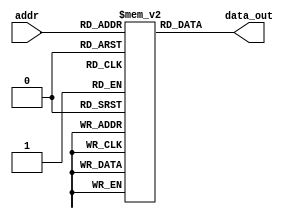
`timescale 1ns / 1ps
//////////////////////////////////////////////////////////////////////////////////
// Company: 
// Engineer: 
// 
// Design Name: 
// Module Name: InstMem
// Project Name: 
// Target Devices: 
// Tool Versions: 
// Description: 
// 
// Dependencies: 
// 
// Revision:
// Revision 0.01 - File Created
// Additional Comments:
// 


//////////////////////////////////////////////////////////////////////////////////

module InstMem (input [5:0] addr, output [31:0] data_out);
    reg [31:0] mem [0:63];

    initial begin



// //simple no hazards  test
// mem[0] = 32'b00000000000111111000111110010011; //increment x31
// mem[1] = 32'b000000000000_00000_000_00001_0000011; // lb x1, 0(x0)
// mem[2] = 32'b000000000001_00000_000_00010_0000011; // lb x2, 1(x0)
// mem[3] = 32'b000000000010_00000_000_00011_0000011; // lb x3, 2(x0)
// mem[4] = 32'b00000000000111111000111110010011; //increment x31
// mem[5] = 32'b00000000000111111000111110010011; //increment x31
// mem[6] = 32'b0000000_01010_00011_000_00101_0010011; // addi x5, x3, 10  
// mem[7] = 32'b0000000_00010_00001_110_00100_0110011; // or x4, x1, x2

// //simple hazard and forwarding test
// mem[0] = 32'b00000000000111111000111110010011; //increment x31
// mem[1] = 32'b000000000000_00000_000_00001_0000011; // lb x1, 0(x0)
// mem[2] = 32'b000000000001_00000_000_00010_0000011; // lb x2, 1(x0)
// mem[3] = 32'b000000000010_00000_000_00011_0000011; // lb x3, 2(x0)
// mem[4] = 32'b00000000001100010000001000110011; // add x4, x2, x3
// mem[5] = 32'b00000000001100100000001010110011; // add x5, x4, x3

mem[0]=32'b0000000_00000_00000_000_00000_0110011 ; //add x0, x0, x0//added to be skipped since PC starts with 4 after reset 
mem[1] = 32'b000000000000_00000_000_00001_0000011; // lb x1, 0(x0)
mem[2] = 32'b000000000001_00000_000_00010_0000011; // lb x2, 1(x0)
mem[3] = 32'b000000000010_00000_000_00011_0000011; // lb x3, 2(x0)
mem[4]=32'b0000000_00010_00001_110_00100_0110011 ; //or x4, x1, x2 
mem[5]=32'b0000000_00010_00001_000_00011_0110011 ; //add x3, x1, x2 
mem[6]=32'b0000000_00010_00011_000_00101_0110011 ; //add x5, x3, x2 
mem[7]=32'b0000000_00101_00000_010_01100_0100011; //sw x5, 12(x0) 
mem[8]=32'b000000001100_00000_010_00110_0000011 ; //lw x6, 12(x0)
mem[9]=32'b0000000_00001_00110_111_00111_0110011 ; //and x7, x6, x1 
mem[10]=32'b0100000_00010_00001_000_01000_0110011 ; //sub x8, x1, x2 
mem[11]=32'b0000000_00010_00001_000_00000_0110011 ; //add x0, x1, x2 
mem[12]=32'b0000000_00001_00000_000_01001_0110011 ; //add x9, x0, x1



//              mem[0] = 32'b000000000000_00000_000_00001_0000011; // lb x1, 0(x0)
//              mem[1] = 32'b000000000001_00000_000_00010_0000011; // lb x2, 1(x0)
//              mem[2] = 32'b000000000010_00000_000_00011_0000011; // lb x3, 2(x0)
        
//        mem[3]=32'b0000000_01010_00011_000_00101_0010011; // addi x5, x3, 10     //test addi
////        mem[3] = 32'b0000000_00010_00001_110_00100_0110011; // or x4, x1, x2        
//        mem[4] = 32'b0_000000_00011_00100_000_0100_0_1100011; // beq x4, x3, 4
//        mem[5] = 32'b0000000_00010_00001_000_00011_0110011; // add x3, x1, x2
//        mem[6] = 32'b0000000_00010_00011_000_00101_0110011; // add x5, x3, x2
//        mem[7] = 32'b0000000_00101_00000_010_01100_0100011; // sw x5, 12(x0)
//        mem[8] = 32'b000000001100_00000_010_00110_0000011; // lw x6, 12(x0)
//        mem[9] = 32'b0000000_00001_00110_111_00111_0110011; // and x7, x6, x1
//        mem[10] = 32'b0100000_00010_00001_000_01000_0110011; // sub x8, x1, x2
//        mem[11] = 32'b0000000_00010_00001_000_00000_0110011; // add x0, x1, x2
//        mem[12] = 32'b0000000_00001_00000_000_01001_0110011; // add x9, x0, x1












// mem[0]=32'b0000000_00000_00000_000_00000_0110011 ; //add x0, x0, x0//added to be skipped since PC starts with 4 after reset 
// mem[1]=32'b000000000000_00000_010_00001_0000011 ; //lw x1, 0(x0) 
// mem[2]=32'b0000000_00000_00000_000_00000_0110011 ; //add x0, x0, x0 
// mem[3]=32'b0000000_00000_00000_000_00000_0110011 ; //add x0, x0, x0 
// mem[4]=32'b0000000_00000_00000_000_00000_0110011 ; //add x0, x0, x0 
// mem[5]=32'b000000000100_00000_010_00010_0000011 ; //lw x2, 4(x0) 
// mem[6]=32'b0000000_00000_00000_000_00000_0110011 ; //add x0, x0, x0 
// mem[7]=32'b0000000_00000_00000_000_00000_0110011 ; //add x0, x0, x0 
// mem[8]=32'b0000000_00000_00000_000_00000_0110011 ; //add x0, x0, x0 
// mem[9]=32'b000000001000_00000_010_00011_0000011 ; //lw x3, 8(x0) 
// mem[10]=32'b0000000_00000_00000_000_00000_0110011 ; //add x0, x0, x0 
// mem[11]=32'b0000000_00000_00000_000_00000_0110011 ; //add x0, x0, x0 
// mem[12]=32'b0000000_00000_00000_000_00000_0110011 ; //add x0, x0, x0 
// mem[13]=32'b0000000_00010_00001_110_00100_0110011 ; //or x4, x1, x2 
// mem[14]=32'b0000000_00000_00000_000_00000_0110011 ; //add x0, x0, x0 
// mem[15]=32'b0000000_00000_00000_000_00000_0110011 ; //add x0, x0, x0 
// mem[16]=32'b0000000_00000_00000_000_00000_0110011 ; //add x0, x0, x0 
// mem[17]=32'b0_000001_00011_00100_000_0000_0_1100011; //beq x4, x3, 16 
// mem[18]=32'b0000000_00000_00000_000_00000_0110011 ; //add x0, x0, x0 
// mem[19]=32'b0000000_00000_00000_000_00000_0110011 ; //add x0, x0, x0 
// mem[20]=32'b0000000_00000_00000_000_00000_0110011 ; //add x0, x0, x0 
// mem[21]=32'b0000000_00010_00001_000_00011_0110011 ; //add x3, x1, x2 
// mem[22]=32'b0000000_00000_00000_000_00000_0110011 ; //add x0, x0, x0 
// mem[23]=32'b0000000_00000_00000_000_00000_0110011 ; //add x0, x0, x0 
// mem[24]=32'b0000000_00000_00000_000_00000_0110011 ; //add x0, x0, x0 
// mem[25]=32'b0000000_00010_00011_000_00101_0110011 ; //add x5, x3, x2 
// mem[26]=32'b0000000_00000_00000_000_00000_0110011 ; //add x0, x0, x0 
// mem[27]=32'b0000000_00000_00000_000_00000_0110011 ; //add x0, x0, x0 
// mem[28]=32'b0000000_00000_00000_000_00000_0110011 ; //add x0, x0, x0
// mem[29]=32'b0000000_00101_00000_010_01100_0100011; //sw x5, 12(x0) 
// mem[30]=32'b0000000_00000_00000_000_00000_0110011 ; //add x0, x0, x0 
// mem[31]=32'b0000000_00000_00000_000_00000_0110011 ; //add x0, x0, x0 
// mem[32]=32'b0000000_00000_00000_000_00000_0110011 ; //add x0, x0, x0 
// mem[33]=32'b000000001100_00000_010_00110_0000011 ; //lw x6, 12(x0)
// mem[34]=32'b0000000_00000_00000_000_00000_0110011 ; //add x0, x0, x0 
// mem[35]=32'b0000000_00000_00000_000_00000_0110011 ; //add x0, x0, x0 
// mem[36]=32'b0000000_00000_00000_000_00000_0110011 ; //add x0, x0, x0 
// mem[37]=32'b0000000_00001_00110_111_00111_0110011 ; //and x7, x6, x1 
// mem[38]=32'b0000000_00000_00000_000_00000_0110011 ; //add x0, x0, x0 
// mem[39]=32'b0000000_00000_00000_000_00000_0110011 ; //add x0, x0, x0 
// mem[40]=32'b0000000_00000_00000_000_00000_0110011 ; //add x0, x0, x0 
// mem[41]=32'b0100000_00010_00001_000_01000_0110011 ; //sub x8, x1, x2 
// mem[42]=32'b0000000_00000_00000_000_00000_0110011 ; //add x0, x0, x0 
// mem[43]=32'b0000000_00000_00000_000_00000_0110011 ; //add x0, x0, x0 
// mem[44]=32'b0000000_00000_00000_000_00000_0110011 ; //add x0, x0, x0 
// mem[45]=32'b0000000_00010_00001_000_00000_0110011 ; //add x0, x1, x2 
// mem[46]=32'b0000000_00000_00000_000_00000_0110011 ; //add x0, x0, x0 
// mem[47]=32'b0000000_00000_00000_000_00000_0110011 ; //add x0, x0, x0 
// mem[48]=32'b0000000_00000_00000_000_00000_0110011 ; //add x0, x0, x0 
// mem[49]=32'b0000000_00001_00000_000_01001_0110011 ; //add x9, x0, x1





    //    mem[0] = 32'b000000000000_00000_010_00001_0000011; // lw x1, 0(x0)
    //    mem[1] = 32'b000000000100_00000_010_00010_0000011; // lw x2, 4(x0)
    //    mem[2] = 32'b000000001000_00000_010_00011_0000011; // lw x3, 8(x0)
        
    //          mem[0] = 32'b000000000000_00000_000_00001_0000011; // lb x1, 0(x0)
    //          mem[1] = 32'b000000000001_00000_000_00010_0000011; // lb x2, 1(x0)
    //          mem[2] = 32'b000000000010_00000_000_00011_0000011; // lb x3, 2(x0)
        
    //    mem[3]=32'b0000000_01010_00011_000_00101_0010011; // addi x5, x3, 10     //test addi
    //    mem[3] = 32'b0000000_00010_00001_110_00100_0110011; // or x4, x1, x2        
    //    mem[4] = 32'b0_000000_00011_00100_000_0100_0_1100011; // beq x4, x3, 4
    //    mem[5] = 32'b0000000_00010_00001_000_00011_0110011; // add x3, x1, x2
    //    mem[6] = 32'b0000000_00010_00011_000_00101_0110011; // add x5, x3, x2
    //    mem[7] = 32'b0000000_00101_00000_010_01100_0100011; // sw x5, 12(x0)
    //    mem[8] = 32'b000000001100_00000_010_00110_0000011; // lw x6, 12(x0)
    //    mem[9] = 32'b0000000_00001_00110_111_00111_0110011; // and x7, x6, x1
    //    mem[10] = 32'b0100000_00010_00001_000_01000_0110011; // sub x8, x1, x2
    //    mem[11] = 32'b0000000_00010_00001_000_00000_0110011; // add x0, x1, x2
    //    mem[12] = 32'b0000000_00001_00000_000_01001_0110011; // add x9, x0, x1


//////mem[0] = 32'b000000000000_00000_000_00001_0000011; // lb x1, 0(x0)
//////mem[1] = 32'b000000000001_00000_000_00010_0000011; // lb x2, 1(x0)
//mem[2]=32'b00000000001000001000000110110011;   //    add x3, x1, x2       # x3 = x1 + x2
//////mem[2]=32'b00000000100000000000000111101111;// jal x3,8
//////mem[3]=32'b01000000001000001000001000110011;   //    sub x4, x1, x2       # x4 = x1 - x2
//////mem[4]=32'b00000000001000001001001010110011;    //    sll x5, x1, x2       # x5 = x1 << x2
//////mem[5]=32'b00000000001000001101001100110011;     //    srl x6, x1, x2       # x6 = x1 >> x2
//mem[6]=32'b01000000001000001101001110110011;  //    sra x7, x1, x2       # x7 = x1 >> x2 (arithmetic)
//////mem[6]=32'b00000001011000001000011011100111; //jalr x13, 22(x1)
//////mem[7]=32'b00000000001000001111010000110011;   //    and x8, x1, x2       # x8 = x1 & x2
//////mem[8]=32'b00000000001000001110010010110011;   //    or x9, x1, x2        # x9 = x1 | x2
//////mem[9]=32'b00000000001000001100010100110011 ;  //    xor x10, x1, x2      # x10 = x1 ^ x2
//////mem[10]=32'b00000000001000001010010110110011;  //    slt x11, x1, x2      # x11 = (x1 < x2)
//////mem[11]=32'b00000000001000001011011000110011;  //    sltu x12, x1, x2     # x12 = (x1 < x2) (unsigned)

//mem[2] = 32'b00000000101100001000000110010011; // addi x3, x1, 11       # x3 = x1 + 11
//mem[3] = 32'b01000000001000001000001000110011; // subi x4, x1, 11       # x4 = x1 - 11
//mem[4] = 32'b00000000001000001001001010010011; // slli x5, x1, 2        # x5 = x1 << 2
//mem[5] = 32'b00000000001000001101001100010011; // srli x6, x1, 2        # x6 = x1 >> 2
//mem[6] = 32'b01000000001000001101001110010011; // srai x7, x1, 2        # x7 = x1 >> 2 (arithmetic)
//mem[7] = 32'b00000000101100001111010000010011; // andi x8, x1, 11       # x8 = x1 & 11
//mem[8] = 32'b00000000101100001110010010010011; // ori x9, x1, 11        # x9 = x1 | 11
//mem[9] = 32'b00000000101100001100010100010011; // xori x10, x1, 11      # x10 = x1 ^ 11
//mem[10] = 32'b00000000101100001010010110010011; // slti x11, x1, 11      # x11 = (x1 < 11)
//mem[11] = 32'b00000000101100001011011000010011; // sltiu x12, x1, 11     # x12 = (x1 < 11) (unsigned)

//testing lUI and AUIPC
//mem[0] = 32'b00000000000000000010111000110111; //LUI
//mem[1] = 32'b00000000000000000010111000010111; //AUIPC

// //testing system calls
// mem[0] = 32'b00000000000111111000111110010011; //increment x31
// mem[1]=32'b0000000_00000_00000_000_00000_0110011 ; //add x0, x0, x0 
// mem[2]=32'b0000000_00000_00000_000_00000_0110011 ; //add x0, x0, x0 
// mem[3]=32'b0000000_00000_00000_000_00000_0110011 ; //add x0, x0, x0 
// mem[4] = 32'b00000000000111111000111110010011; //increment x31
// mem[5]=32'b0000000_00000_00000_000_00000_0110011 ; //add x0, x0, x0 
// mem[6]=32'b0000000_00000_00000_000_00000_0110011 ; //add x0, x0, x0 
// mem[7]=32'b0000000_00000_00000_000_00000_0110011 ; //add x0, x0, x0 
// mem[8] = 32'b00001111111100000000000000001111; //fence
// mem[9]=32'b0000000_00000_00000_000_00000_0110011 ; //add x0, x0, x0 
// mem[10]=32'b0000000_00000_00000_000_00000_0110011 ; //add x0, x0, x0 
// mem[11]=32'b0000000_00000_00000_000_00000_0110011 ; //add x0, x0, x0 
// mem[12] = 32'b00000000000111111000111110010011; //increment x31
// mem[13]=32'b0000000_00000_00000_000_00000_0110011 ; //add x0, x0, x0 
// mem[14]=32'b0000000_00000_00000_000_00000_0110011 ; //add x0, x0, x0 
// mem[15]=32'b0000000_00000_00000_000_00000_0110011 ; //add x0, x0, x0 
// mem[16] = 32'b00000000000100000000000001110011;//ebreak
// mem[17]=32'b0000000_00000_00000_000_00000_0110011 ; //add x0, x0, x0 
// mem[18]=32'b0000000_00000_00000_000_00000_0110011 ; //add x0, x0, x0 
// mem[19]=32'b0000000_00000_00000_000_00000_0110011 ; //add x0, x0, x0 
// mem[20] = 32'b00000000000111111000111110010011; //increment x31
// mem[21]=32'b0000000_00000_00000_000_00000_0110011 ; //add x0, x0, x0 
// mem[22]=32'b0000000_00000_00000_000_00000_0110011 ; //add x0, x0, x0 
// mem[23]=32'b0000000_00000_00000_000_00000_0110011 ; //add x0, x0, x0 
// mem[24] = 32'b00000000000000000000000001110011; //ecall
// mem[25]=32'b0000000_00000_00000_000_00000_0110011 ; //add x0, x0, x0 
// mem[26]=32'b0000000_00000_00000_000_00000_0110011 ; //add x0, x0, x0 
// mem[27]=32'b0000000_00000_00000_000_00000_0110011 ; //add x0, x0, x0 
// mem[28] = 32'b00000000000111111000111110010011; //increment x31 (should not be executed)


// //testing branch control unit
// mem[0] = 32'b00000000000111111000111110010011; //increment x31
// mem[1] = 32'b00000001111111110000111100110011; //add x31 to x30 (expect both to == 1)

// // all below branches should skip the inc by 5
// //mem[2] = 32'b00000001111011111000010001100011; //beq x31, x31, 8
// // mem[2] = 32'b00000001110111111001010001100011; ///bne x31, x29, 8 
// // mem[2] = 32'b00000001111111101100010001100011; //blt x29, x31, 8 
// //mem[2] = 32'b00000001110111111101010001100011; //bge x31, x29, 8
// // mem[2] = 32'b00000001111111101110010001100011; //bltu x29, x31, 8
//  mem[2] = 32'b00000001110111111111010001100011; //bgeu x31, x29, 8

// mem[3] = 32'b00000000010111111000111110010011; //increment x31 by 5
// mem[4] = 32'b00000000101011111000111110010011; //increment x31 by 10





    end

    assign data_out = mem[addr];
endmodule